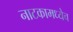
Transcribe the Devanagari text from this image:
नाटकामध्येच